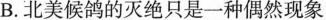
B. 北美候鸽的灭绝只是一种偶然现象